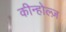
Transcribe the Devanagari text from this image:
कीन्होल्ज़